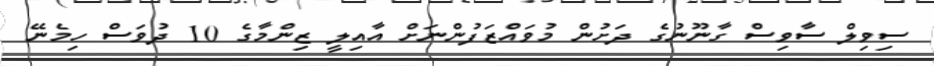
ސިވިލް ސާވިސް ގާނޫނުގެ ދަށުން މުވައްޒަފުންނަށް އާއިލީ ޒިންމާގެ 10 ދުވަސް ހިމެނޭ